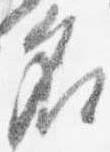
名